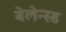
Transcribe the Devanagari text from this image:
बेलेन्स्ड